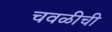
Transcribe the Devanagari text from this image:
चवळीची